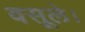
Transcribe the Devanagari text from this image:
वसूले।